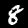
Digit: 8